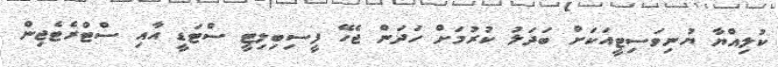
ކުލިއްޔާ ޔުނިވަސިޓީއަކަށް ބަދަލު ކުރުމަށް ހަދަން ޖެހޭ ފީސިބިލިޓީ ސްޓަޑީ އާއި ސްޓްރެޓެޖިން